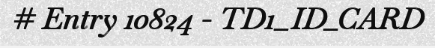
# Entry 10824 - TD1_ID_CARD